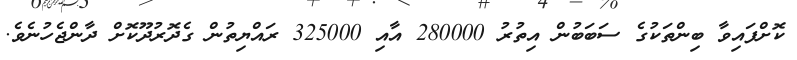
ކޮށްފައިވާ ބިންތަކުގެ ސަބަބުން އިތުރު 280000 އާއި 325000 ރައްޔިތުން ގެދޮރުދޫކޮށް ދާންޖެހުނެވެ.